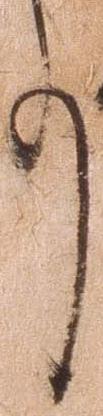
事